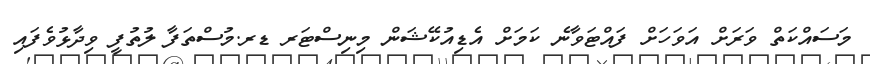
މަސައްކަތް ވަރަށް އަވަހަށް ފައްޓަވާނެ ކަމަށް އެޑިއުކޭޝަން މިނިސްޓަރ ޑރ.މުސްތަފާ ލުތުފީ ވިދާޅުވެފައި